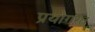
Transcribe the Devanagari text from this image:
प्रयोगरत